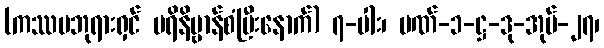
(ကဿပဘုရားရှင် ပရိနိဗ္ဗာန်စံပြီးနောက်) ၇-ပါး၊ ပဏ်-၁-ဋ္ဌ-ဒု-အုပ်-၂၇၊